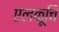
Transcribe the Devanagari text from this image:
एलकूचि